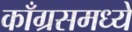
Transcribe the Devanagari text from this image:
काँग्रसमध्ये